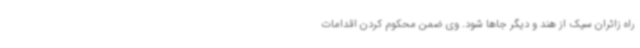
راه زائران سیک از هند و دیگر جاها شود. وی ضمن محکوم کردن اقدامات